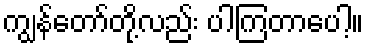
ကျွန်တော်တို့လည်း ပါကြတာပေါ့။